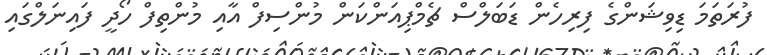
ފުރަތަމަ ޑިވިޝަންގެ ފިރިހެން ޑަބަލްސް ޗެމްޕިއަންކަން މުންސިފް އާއި މުންތިފް ހޯދީ ފައިނަލްގައި